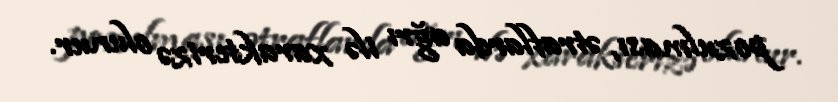
pozulması, ətraflarda ağrı ilə xarakterizə olunur.